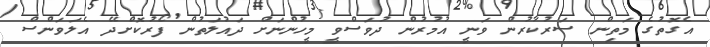
އެގޮތުގެ މަތިން ސަރުކާރުން ވަނީ އުމުރުން ދުވަސްވީ މީހުންނަށް ދައުލަތުން ފޯރުކޮށްދޭ އެލަވަންސް